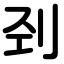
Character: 刭